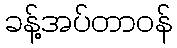
ခန့်အပ်တာဝန်